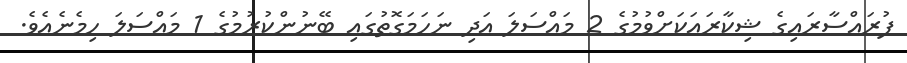
ފުރައްސާރައިގެ ޝިކާރައަކަށްވުމުގެ 2 މައްސަލަ އަދި ނަހަމަގޮތުގައި ބޭނުންކުރުމުގެ 1 މައްސަލަ ހިމެނެއެވެ.